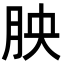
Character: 胦